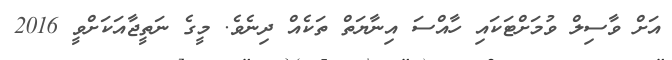
އަށް ވާސިލް ވުމަށްޓަކައި ހާއްސަ އިނާޔަތް ތަކެއް ދިނެވެ. މީގެ ނަތީޖާއަކަށްވީ 2016